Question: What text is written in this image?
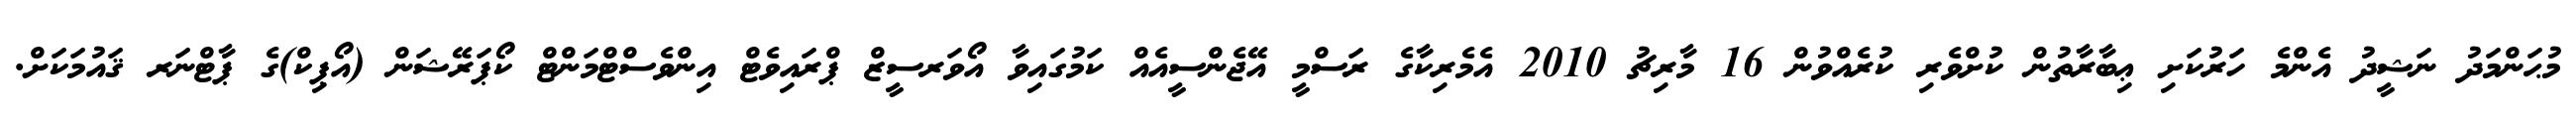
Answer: މުޙަންމަދު ނަޝީދު އެންމެ ހަރުކަށި ޢިބާރާތުން ކުށްވެރި ކުރެއްވުން 16 މާރިޗު 2010 އެމެރިކާގެ ރަސްމީ އޭޖެންސީއެއް ކަމުގައިވާ އޯވަރސީޒް ޕްރައިވެޓް އިންވެސްޓްމަންޓް ކޯޕަރޭޝަން (އޯޕިކް)ގެ ޕާޓްނަރ ޤައުމަކަށް.